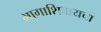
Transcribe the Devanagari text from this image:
भागाशिवायचा